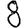
Digit: 8